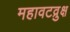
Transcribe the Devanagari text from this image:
महावटव्रुक्ष